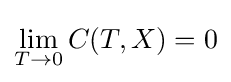
\lim _{T\to 0}C(T,X)=0